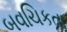
બવચિકતા